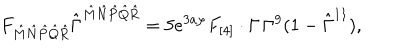
F _ { { \hat { M } } { \hat { N } } { \hat { P } } { \hat { Q } } { \hat { R } } } { \hat { \Gamma } } ^ { { \hat { M } } { \hat { N } } { \hat { P } } { \hat { Q } } { \hat { R } } } = 5 e ^ { 3 a \varphi } F _ { [ 4 ] } \cdot \Gamma \, \Gamma ^ { 9 } ( 1 - \hat { \Gamma } ^ { 1 1 } ) ,